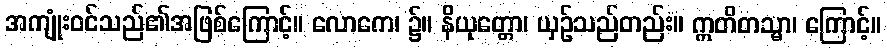
အကျုံးဝင်သည်၏အဖြစ်ကြောင့်။ လောကေ၊ ၌။ နိယုတ္တော၊ ယှဉ်သည်တည်း။ ဣတိတသ္မာ၊ ကြောင့်။